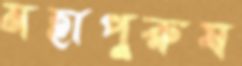
মহাপুরুষ